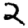
Digit: 2